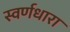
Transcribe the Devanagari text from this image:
स्वर्णधारा